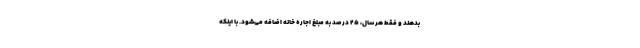
بدهند و فقط هر سال، ۲۵ درصد به مبلغ اجاره خانه اضافه می‌شود. با اینکه